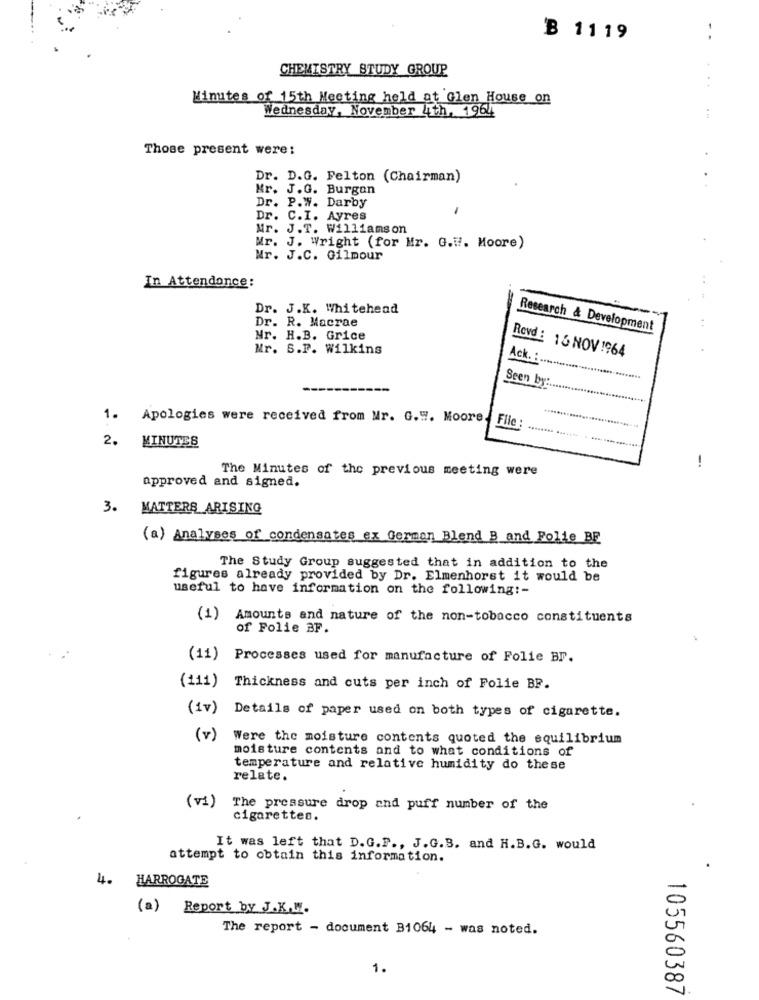
B 1119
. .
CHEMISTRY STUDY GROUP
Minutes of 15th Meeting held at Glen House on
Wednesday, November 4th, 1964
Those present were:
Dr. D.G. Felton (Chairman)
Kr. J.G. Burgan
Dr. P.W. Darby
-
Dr. C.I. Ayres
Mr. J.T. Williamson
Mr. J. Wright (for Mr. G.W. Moore)
Mr. J.C. Gilmour
In Attendance:
Dr. J.K. Whitehead
Dr. R. Macrae
Research & Development
Nr. H.B. Grice
Mr. S.P. Wilkins
Ack. :
Revd: 16 NOV 1964
Seen by:
1. Apologies were received from Mr. G.W. Moore
File :
. 14
2. MINUTES
-
The Minutes of the previous meeting were
approved and signed.
3. MATTERS ARISING
(a) Analyses of condensates ex German Blend B and Folie BE
The Study Group suggested that in addition to the
figures already provided by Dr. Elmenhorst it would be
useful to have information on the following :-
(1) Amounts and nature of the non-tobacco constituents
of Folie BF.
(11) Processes used for manufacture of Folie Br.
(111) Thickness and cuts per inch of Folie BP.
(iv) Details of paper used on both types of cigarette.
(v)
Were the moisture contents quoted the equilibrium
moisture contents and to what conditions of
temperature and relative humidity do these
relate.
(v1)
The pressure drop and puff number of the
cigarettes.
It was left that D.G.F ., J.G.B. and H.B.G. would
attempt to obtain this information.
4. HARROGATE
(a)
Report by J.K.W.
The report - document B1064 - was noted.
1.
105560387